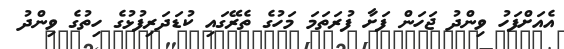
އެއަށްފަހު ވިންދު ޖަހަން ފަށާ ފުރަތަމަ މަހުގެ ތެރޭގައި ކުޑަދަރިފުޅުގެ ހިތުގެ ވިންދު